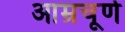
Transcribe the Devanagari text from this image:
आम्रचूर्ण